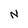
Character: N